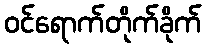
ဝင်ရောက်တိုက်ခိုက်